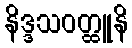
နိဒ္ဒသဝတ္ထူနိ